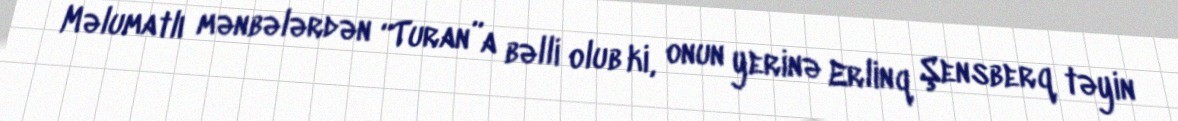
Məlumatlı mənbələrdən “Turan”a bəlli olub ki, onun yerinə Erlinq Şensberq təyin